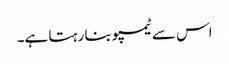
اس سے ٹیمپو بنا رہتا ہے۔